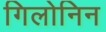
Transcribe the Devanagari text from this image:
गिलोनिन